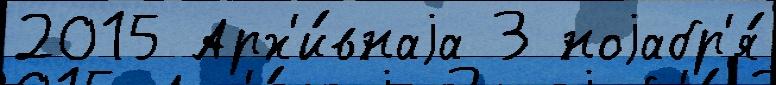
2015 Арх'и́внаjа 3 ноjабр'я́